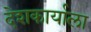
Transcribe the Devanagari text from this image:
देशकार्याला